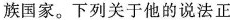
族国家。下列关于他的说法正